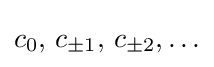
c_{0},\,c_{\pm 1},\,c_{\pm 2},\ldots